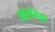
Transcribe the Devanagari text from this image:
उद्दंनांनंतर